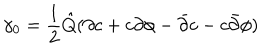
\gamma _ { 0 } = \frac { 1 } { 2 } { \hat { Q } } ( \partial c + c \partial \phi - { \bar { \partial } } c - c { \bar { \partial } } \phi )